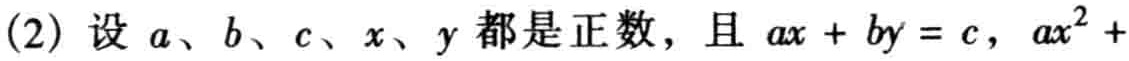
(2) 设 \(a、b、c、x、y\) 都是正数，且 \(ax + by = c\)，\(ax^{2}+\)